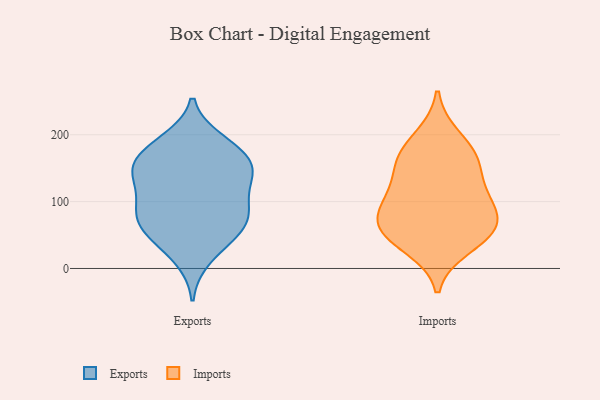
{"axis": {"x": "Population (Million)", "y": "Value"}, "legend": ["Exports", "Imports"], "data": [{"x": "", "y": 133, "type": "Exports"}, {"x": "", "y": 183, "type": "Exports"}, {"x": "", "y": 150, "type": "Exports"}, {"x": "", "y": 98, "type": "Exports"}, {"x": "", "y": 144, "type": "Exports"}, {"x": "", "y": 89, "type": "Exports"}, {"x": "", "y": 91, "type": "Exports"}, {"x": "", "y": 43, "type": "Exports"}, {"x": "", "y": 54, "type": "Exports"}, {"x": "", "y": 138, "type": "Exports"}, {"x": "", "y": 160, "type": "Exports"}, {"x": "", "y": 83, "type": "Exports"}, {"x": "", "y": 191, "type": "Exports"}, {"x": "", "y": 180, "type": "Exports"}, {"x": "", "y": 147, "type": "Exports"}, {"x": "", "y": 15, "type": "Exports"}, {"x": "", "y": 67, "type": "Exports"}, {"x": "", "y": 59, "type": "Exports"}, {"x": "", "y": 196, "type": "Imports"}, {"x": "", "y": 53, "type": "Imports"}, {"x": "", "y": 168, "type": "Imports"}, {"x": "", "y": 156, "type": "Imports"}, {"x": "", "y": 101, "type": "Imports"}, {"x": "", "y": 62, "type": "Imports"}, {"x": "", "y": 63, "type": "Imports"}, {"x": "", "y": 33, "type": "Imports"}, {"x": "", "y": 106, "type": "Imports"}, {"x": "", "y": 103, "type": "Imports"}, {"x": "", "y": 157, "type": "Imports"}, {"x": "", "y": 60, "type": "Imports"}]}